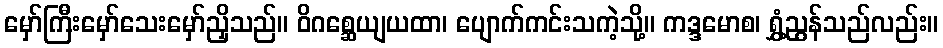
မှော်ကြီးမှော်သေးမှော်ညှိသည်။ ဝိဂစ္ဆေယျယထာ၊ ပျောက်ကင်းသကဲ့သို့။ ကဒ္ဒမောစ၊ ရွှံ့ညွန်သည်လည်း။